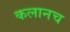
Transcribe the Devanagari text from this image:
कलानच